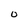
Character: o